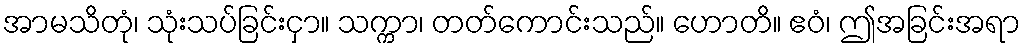
အာမသိတုံ၊ သုံးသပ်ခြင်းငှာ။ သက္ကာ၊ တတ်ကောင်းသည်။ ဟောတိ။ ဧဝံ၊ ဤအခြင်းအရာ